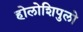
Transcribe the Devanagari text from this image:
होलोशिपुलो